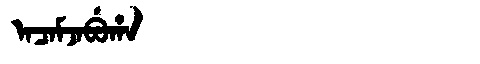
Manchu: ᠠᠴᠠᠮᠵᠠᠪᡠᡥᠠ
Romanization: ACAMJABUHA